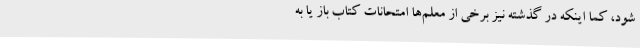
شود، کما اینکه در گذشته نیز برخی از معلم‌ها امتحانات کتاب باز یا به